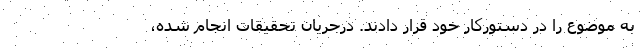
به موضوع را در دستورکار خود قرار دادند. درجریان تحقیقات انجام شده،